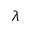
\lambda